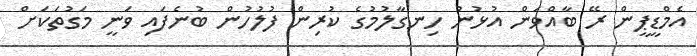
އެމްޑީޕީން ރޭ ބާއްވަން އުޅުނު ހިނގާލުމުގެ ކުރިން ފުލުހުން ބުނެފައި ވަނީ މަގުތަކަށް